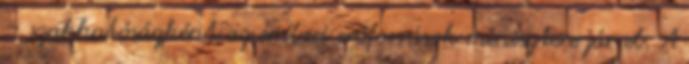
– szakhatóságként az emberi erőforrások minisztere jár el. A